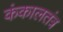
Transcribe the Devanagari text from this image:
कंकालतंत्र